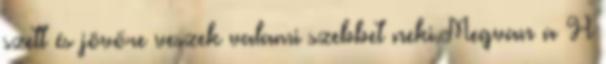
szett és jövőre veszek valami szebbet neki.Megvan a H